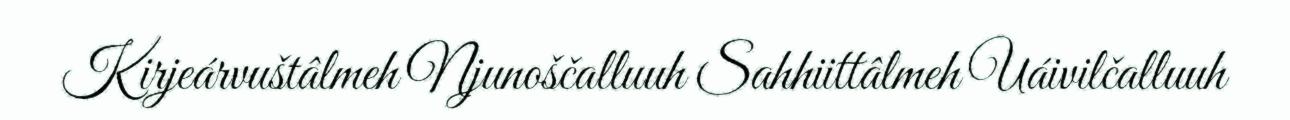
Kirjeárvuštâlmeh Njunoščalluuh Sahhiittâlmeh Uáivilčalluuh